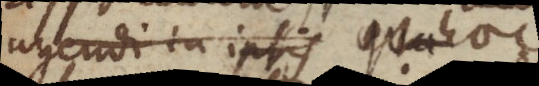
agendi in ipsis qua haec